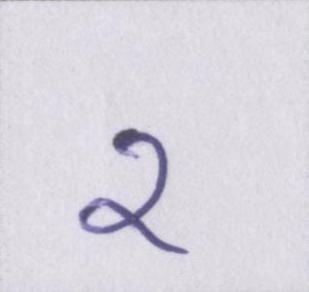
२